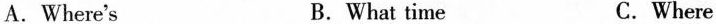
A. Where's B. What time C. Where